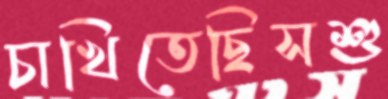
চাখিতেছিসশু